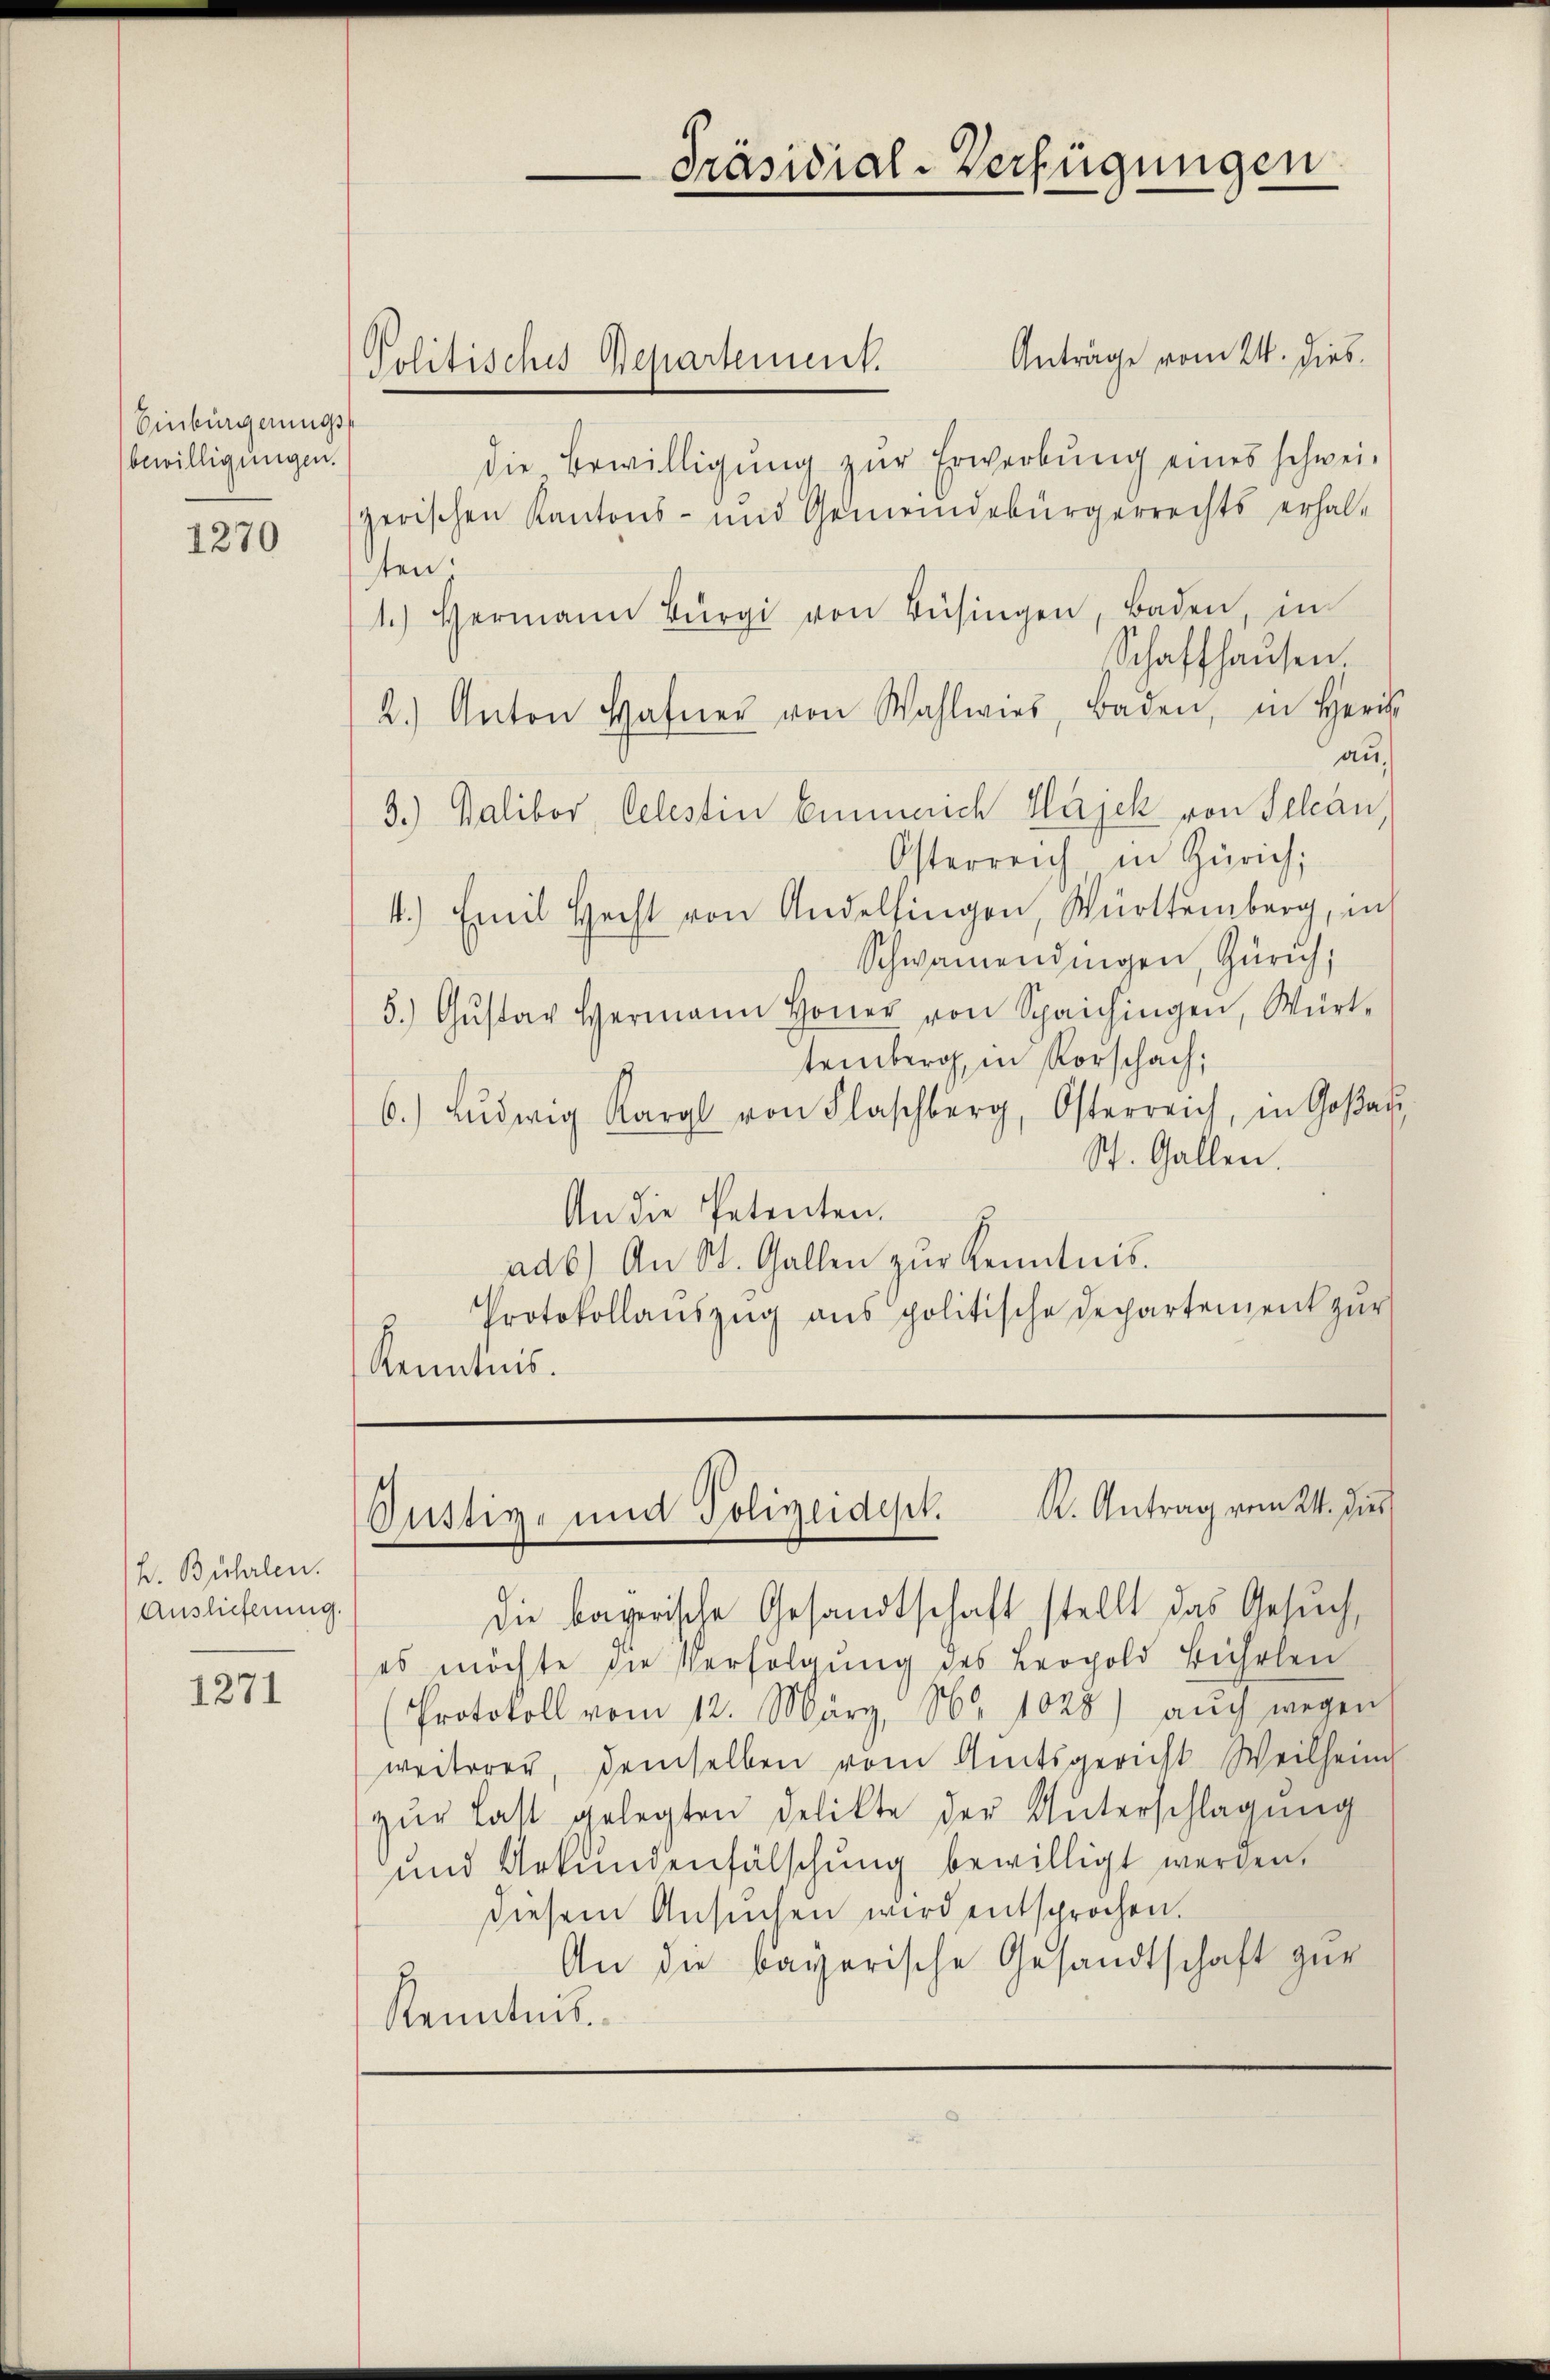
Einbürgerungs
bewilligungen.

1270

H. Bühlen.
Auslieferung.

1271

Anträge vom 24. dies
die Bewilligŭng zŭr Erwerbŭng eines schwei-
zerischen Kantons- und Gemeindebürgerrechts erhalten.
1.) Hermann Bürgi von Büsingen, Baden, in
schaffhausen.
2.) Anton Hafner von Wahlwies, Baden, in Herr
au
3.) Balibor, Oelestin Emmerich Hajek von Selan
Österreich in Zürich;
4.) Emil Hecht von Andelfingen, Württemberg, in
Schwamendingen, Zürich,
5.) Gŭstav Hermann Honer von Speichingen, Württemberg, in Vorschach;
6.) Lŭdwig Karl von Flaschberg, Osterreich, in Goßau,
St. Gallen.
An die Petenten.
ad6) An St. Gallen zŭr Kenntnis.
Protokollaŭszŭg ans politische Departement zur
Kenntnis.

Justiz- und Polizeidept. K. Antrag vom 24. dies

die bayerische Gesandtschaft, stellt das Gesŭch,
es möchte die Verfolgung des Leopold Bühlen
Protokoll vom 12. März, Nr. 1028) aŭch wegen
weiterer, demselben vom Amtsgericht Weilheim
zŭr Last gelegten Delikte der Unterschlagung
und Urkundenfälschung bewilligt werden.
diesem Ansŭchen wird entsprochen.
An die bayerische Gesandtschaft zur
Kenntnis

Politisches Departement.

Präsidial-Verfügungen